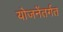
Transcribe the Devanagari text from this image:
योजनेंतर्गत